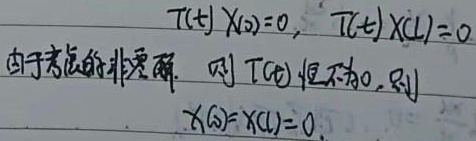
由于考虑非零解，\(T(t)X(0)=0\)，\(T(t)X(L)=0\)，则\(T(t)\)恒不为\(0\)，则\(X(0)=X(L)=0\)。